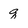
Character: q